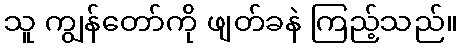
သူ ကျွန်တော်ကို ဖျတ်ခနဲ ကြည့်သည်။